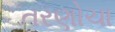
તરણોચા